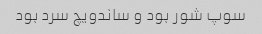
سوپ شور بود و ساندویچ سرد بود